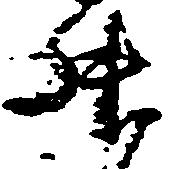
升